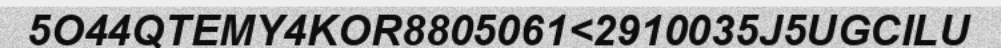
5O44QTEMY4KOR8805061<2910035J5UGCILU